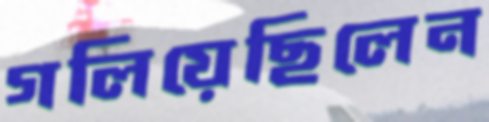
গলিয়েছিলেন